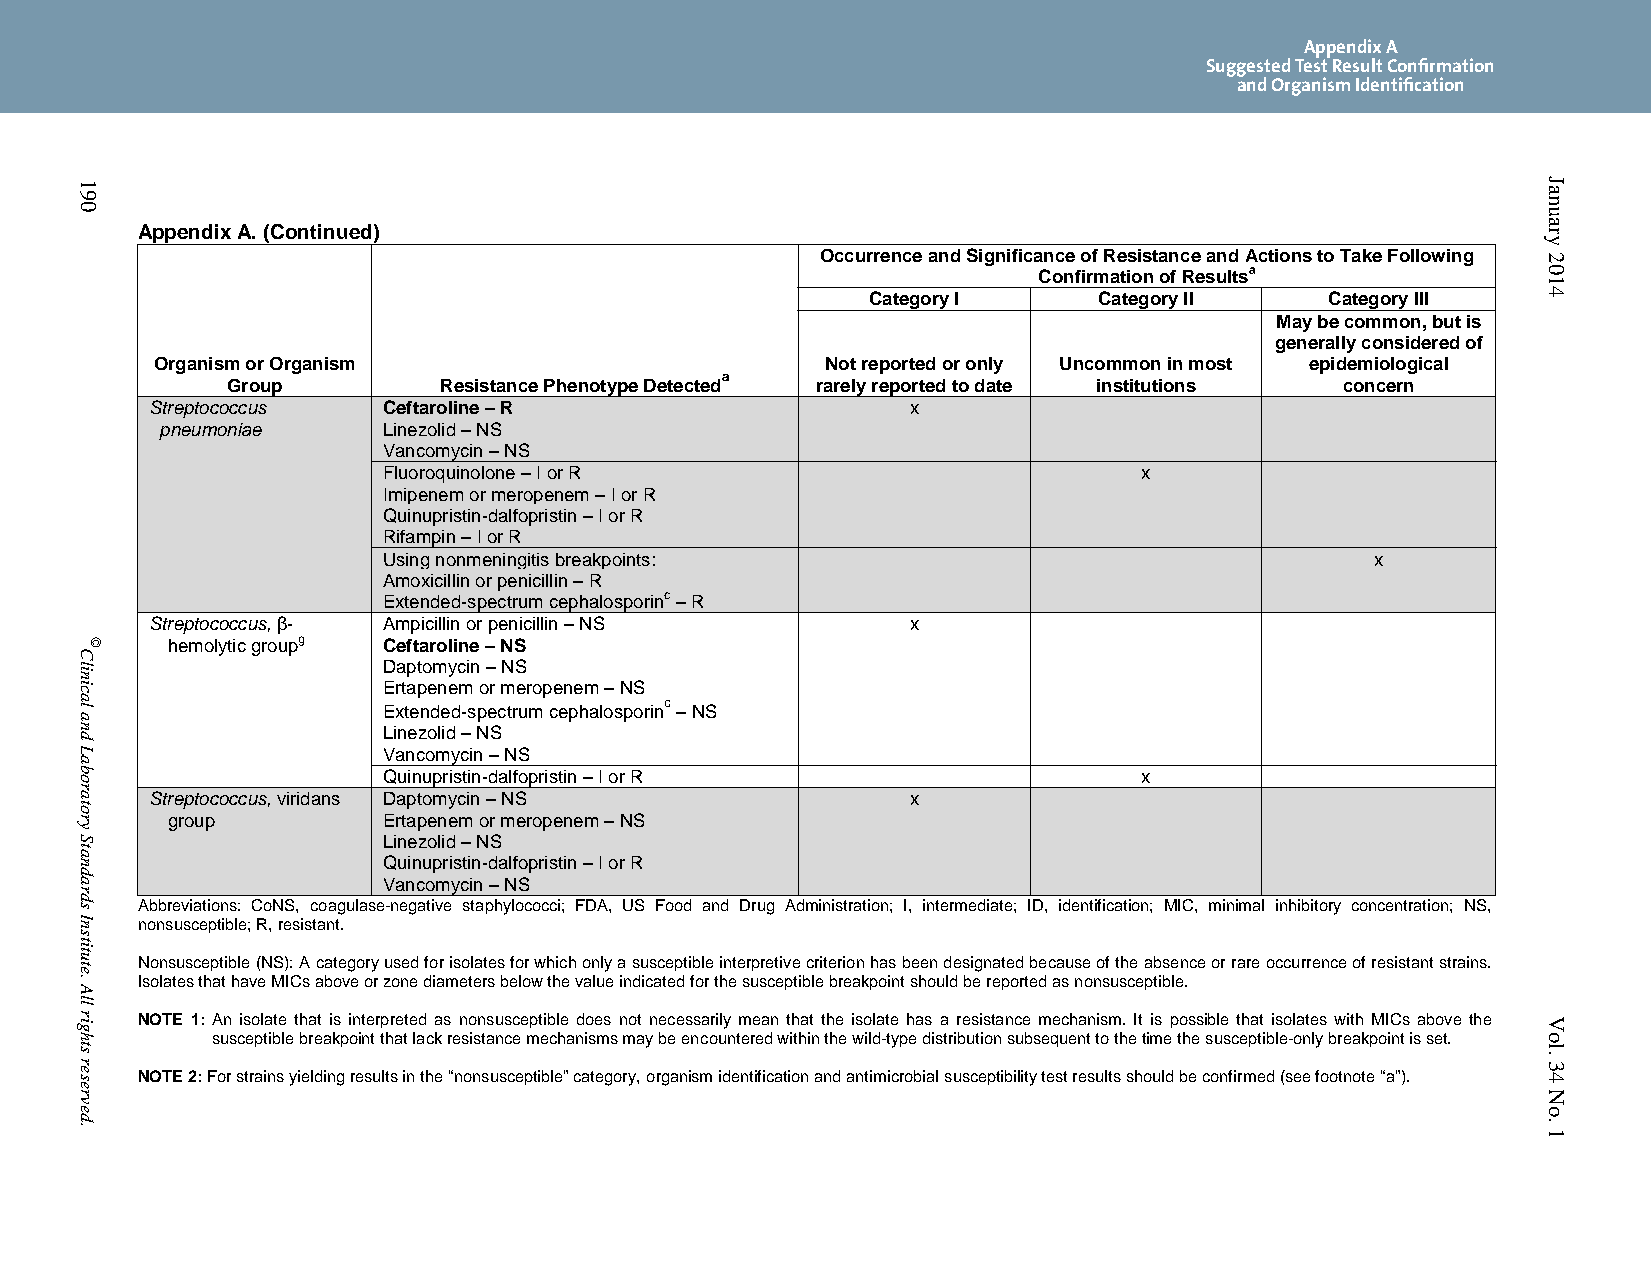
Appendix A
 Suggested Test Result Confirmation
 and Organism Identification
 Appendix A. (Continued)
 Occurrence and Significance of Resistance and Actions to Take Following
 Confirmation of Resultsa
 Category I      Category II    Category III
 May be common, but is
 generally considered of
 Organism or Organism                         Not reported or only Uncommon in most epidemiological
 Group         Resistance Phenotype
 Detecteda
 rarely reported to date institutions concern
 Streptococcus  Ceftaroline – R                    x
 pneumoniae    Linezolid – NS
 Vancomycin – NS
 Fluoroquinolone – I or R                           x
 Imipenem or meropenem – I or R
 Quinupristin-dalfopristin – I or R
 Rifampin – I or R
 Using nonmeningitis breakpoints:                                  x
 Amoxicillin or penicillin – R
 Extended-spectrum cephalosporinc – R
 Streptococcus, β- Ampicillin or penicillin – NS   x
 hemolytic groupg Ceftaroline – NS
 Daptomycin – NS
 Ertapenem or meropenem – NS
 c
 Extended-spectrum cephalosporin – NS
 Linezolid – NS
 Vancomycin – NS
 Quinupristin-dalfopristin – I or R                 x
 Streptococcus, viridans Daptomycin – NS           x
 group         Ertapenem or meropenem – NS
 Linezolid – NS
 Quinupristin-dalfopristin – I or R
 Vancomycin – NS
 Abbreviations: CoNS, coagulase-negative staphylococci; FDA, US Food and Drug Administration; I, intermediate; ID, identification; MIC, minimal inhibitory concentration; NS,
 nonsusceptible; R, resistant.
 Nonsusceptible (NS): A category used for isolates for which only a susceptible interpretive criterion has been designated because of the absence or rare occurrence of resistant strains.
 Isolates that have MICs above or zone diameters below the value indicated for the susceptible breakpoint should be reported as nonsusceptible.
 NOTE 1: An isolate that is interpreted as nonsusceptible does not necessarily mean that the isolate has a resistance mechanism. It is possible that isolates with MICs above the
 susceptible breakpoint that lack resistance mechanisms may be encountered within the wild-type distribution subsequent to the time the susceptible-only breakpoint is set.
 NOTE 2: For strains yielding results in the “nonsusceptible” category, organism identification and antimicrobial susceptibility test results should be confirmed (see footnote “a”).
 190
 Clinical
 and
 Laboratory
 Standards
 Institute.
 All
 rights
 reserved.
 ©
 January
 2014
 Vol.
 34
 No.
 1